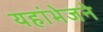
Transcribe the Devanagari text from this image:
यहांभेजने